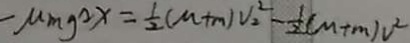
- M m g ^ { 2 } x = \frac { 1 } { 2 } ( M + m ) V _ { 2 } ^ { 2 } - \frac { 1 } { 2 } ( M + m ) v ^ { 2 }